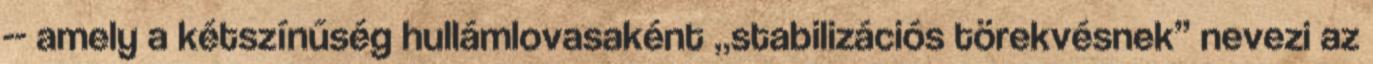
-- amely a kétszínűség hullámlovasaként „stabilizációs törekvésnek” nevezi az